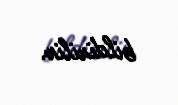
bildirilir.